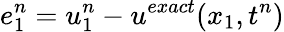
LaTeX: e_{1}^{n}=u_{1}^{n}-u^{exact}(x_{1},t^{n})